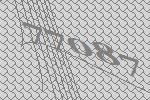
77087